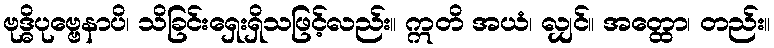
ဗုဒ္ဓိပုဗ္ဗေနာပိ၊ သိခြင်းရှေးရှိသဖြင့်လည်း။ ဣတိ အယံ၊ လျှင်။ အတ္ထော၊ တည်း။